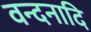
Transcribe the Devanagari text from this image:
वन्दनादि